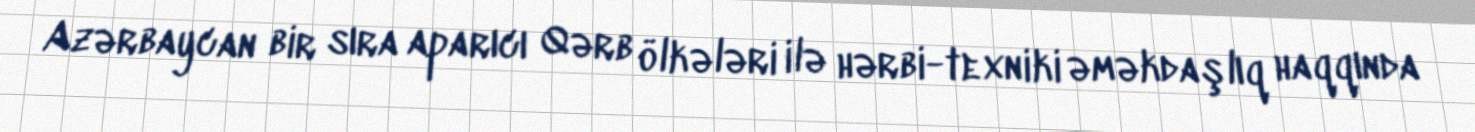
Azərbaycan bir sıra aparıcı Qərb ölkələri ilə hərbi-texniki əməkdaşlıq haqqında